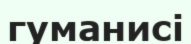
гуманисі